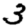
Digit: 3